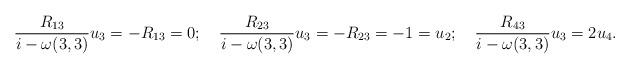
LaTeX: \begin{align*}\frac{R_{13}}{i-\omega(3,3)}u_3=-R_{13}=0;\quad\frac{R_{23}}{i-\omega(3,3)}u_3=-R_{23}=-1=u_2;\quad\frac{R_{43}}{i-\omega(3,3)}u_3=2u_4.\end{align*}